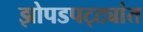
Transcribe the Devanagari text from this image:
झोपडपट्ट्यांत